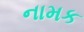
નામક